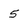
Character: 5